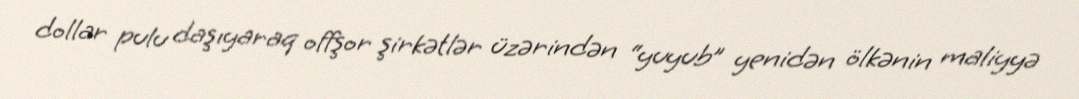
dollar pulu daşıyaraq offşor şirkətlər üzərindən “yuyub” yenidən ölkənin maliyyə